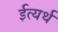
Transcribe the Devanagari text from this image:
ईत्यर्थ